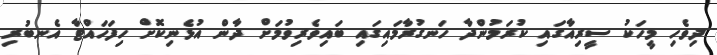
ދިވެހި މީހަކު ސީރިއާގައި ކުރަމުންދާ ހަނގުރާމައިގައި ބައިވެރިވުމަށް ދާން އުޅެނިކޮށް ހިފަހައްޓާ އެނބުރި